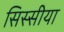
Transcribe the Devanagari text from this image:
सिस्सीया